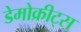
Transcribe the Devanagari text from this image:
डेमोक्रीट्स